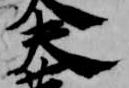
夫